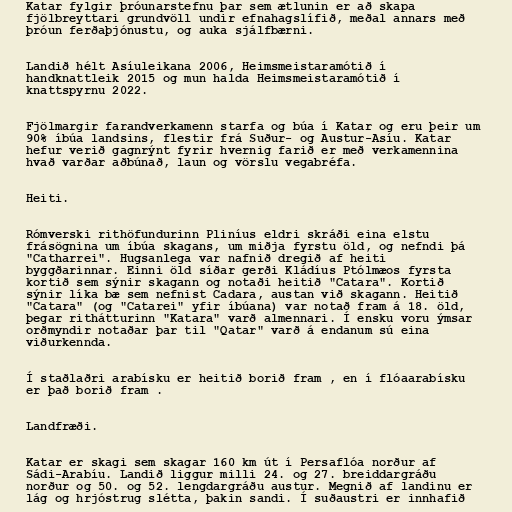
Katar fylgir þróunarstefnu þar sem ætlunin er að skapa
fjölbreyttari grundvöll undir efnahagslífið, meðal annars með
þróun ferðaþjónustu, og auka sjálfbærni.

Landið hélt Asíuleikana 2006, Heimsmeistaramótið í
handknattleik 2015 og mun halda Heimsmeistaramótið í
knattspyrnu 2022.

Fjölmargir farandverkamenn starfa og búa í Katar og eru þeir um
90% íbúa landsins, flestir frá Suður- og Austur-Asíu. Katar
hefur verið gagnrýnt fyrir hvernig farið er með verkamennina
hvað varðar aðbúnað, laun og vörslu vegabréfa.

Heiti.

Rómverski rithöfundurinn Pliníus eldri skráði eina elstu
frásögnina um íbúa skagans, um miðja fyrstu öld, og nefndi þá
"Catharrei". Hugsanlega var nafnið dregið af heiti
byggðarinnar. Einni öld síðar gerði Kládíus Ptólmæos fyrsta
kortið sem sýnir skagann og notaði heitið "Catara". Kortið
sýnir líka bæ sem nefnist Cadara, austan við skagann. Heitið
"Catara" (og "Catarei" yfir íbúana) var notað fram á 18. öld,
þegar rithátturinn "Katara" varð almennari. Í ensku voru ýmsar
orðmyndir notaðar þar til "Qatar" varð á endanum sú eina
viðurkennda.

Í staðlaðri arabísku er heitið borið fram , en í flóaarabísku
er það borið fram .

Landfræði.

Katar er skagi sem skagar 160 km út í Persaflóa norður af
Sádi-Arabíu. Landið liggur milli 24. og 27. breiddargráðu
norður og 50. og 52. lengdargráðu austur. Megnið af landinu er
lág og hrjóstrug slétta, þakin sandi. Í suðaustri er innhafið